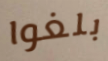
بلغوا